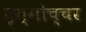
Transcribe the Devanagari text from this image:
दृग्गोच्चर